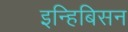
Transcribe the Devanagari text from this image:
इन्हिबिसन